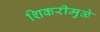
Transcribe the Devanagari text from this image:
शिकरीमुळे